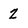
Character: 2